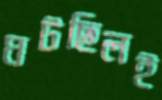
ঘটছিলই